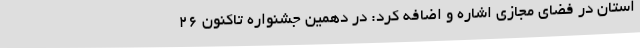
استان در فضای مجازی اشاره و اضافه کرد: در دهمین جشنواره تاکنون 26